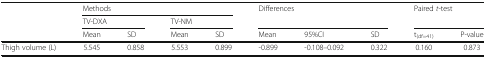
| <ROWSPAN=3>  | <COLSPAN=4> Methods | <ROWSPAN=2-COLSPAN=3> Differences | <ROWSPAN=2-COLSPAN=2> Paired t-test |
 | <COLSPAN=2> TV-DXA | <COLSPAN=2> TV-NM |
 | Mean | SD | Mean | SD | Mean | 95%CI | SD | t(df=41) | P-value |
 | --- | --- | --- | --- | --- | --- | --- | --- | --- | --- |
 | Thigh volume (L) | 5.545 | 0.858 | 5.553 | 0.899 | -0.899 | -0.108–0.092 | 0.322 | 0.160 | 0.873 |